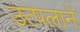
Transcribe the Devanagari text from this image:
उत्पलाने